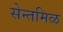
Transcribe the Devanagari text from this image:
सेन्तमिळ